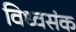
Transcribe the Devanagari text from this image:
विध्वसंक